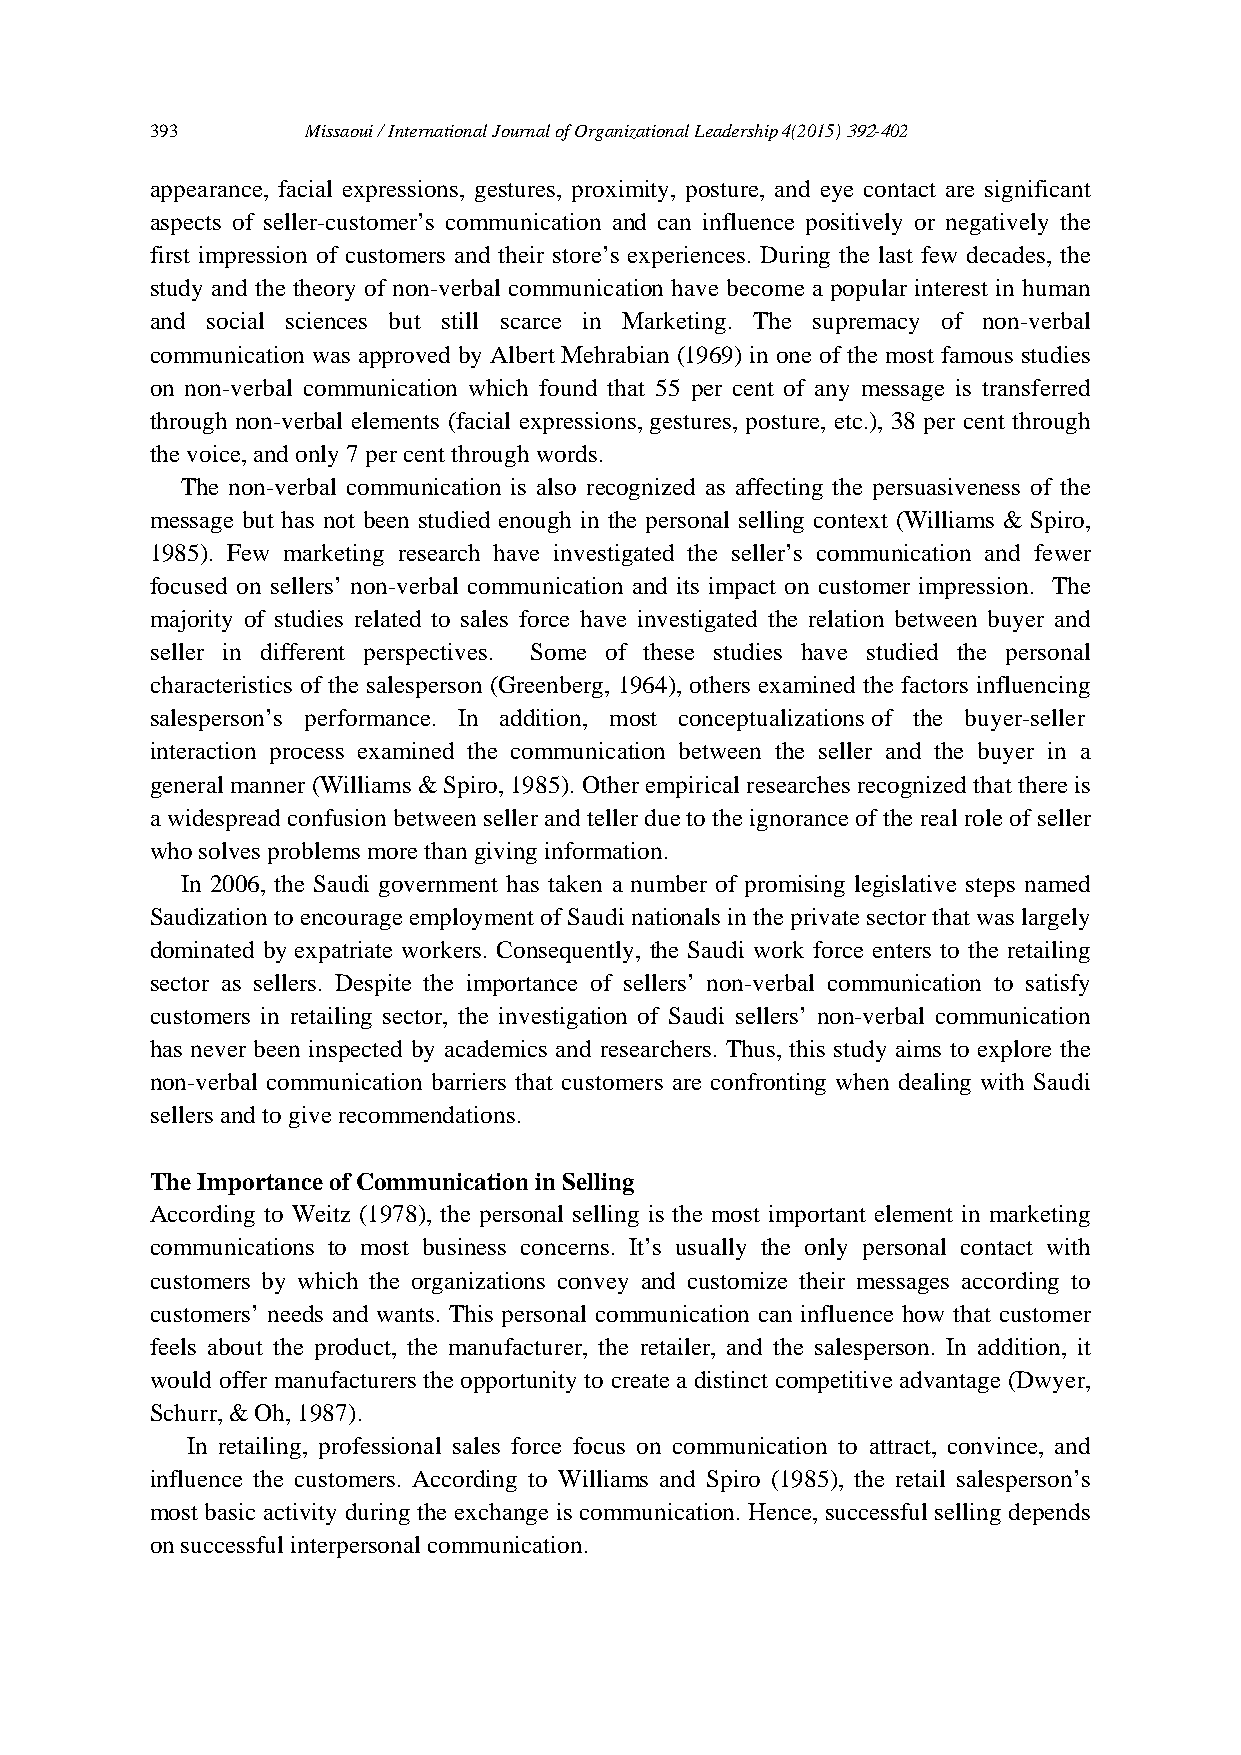
393       Missaoui / International Journal of Organizational Leadership 4(2015) 392-402
 appearance, facial expressions, gestures, proximity, posture, and eye contact are significant
 aspects of seller-customer’s communication and can influence positively or negatively the
 first impression of customers and their store’s experiences. During the last few decades, the
 study and the theory of non-verbal communication have become a popular interest in human
 and social sciences but still scarce in Marketing. The supremacy of non-verbal
 communication was approved by Albert Mehrabian (1969) in one of the most famous studies
 on non-verbal communication which found that 55 per cent of any message is transferred
 through non-verbal elements (facial expressions, gestures, posture, etc.), 38 per cent through
 the voice, and only 7 per cent through words.
 The non-verbal communication is also recognized as affecting the persuasiveness of the
 message but has not been studied enough in the personal selling context (Williams & Spiro,
 1985). Few marketing research have investigated the seller’s communication and fewer
 focused on sellers’ non-verbal communication and its impact on customer impression. The
 majority of studies related to sales force have investigated the relation between buyer and
 seller in different perspectives. Some of these studies have studied the personal
 characteristics of the salesperson (Greenberg, 1964), others examined the factors influencing
 salesperson’s performance. In addition, most conceptualizations of the buyer-seller
 interaction process examined the communication between the seller and the buyer in a
 general manner (Williams & Spiro, 1985). Other empirical researches recognized that there is
 a widespread confusion between seller and teller due to the ignorance of the real role of seller
 who solves problems more than giving information.
 In 2006, the Saudi government has taken a number of promising legislative steps named
 Saudization to encourage employment of Saudi nationals in the private sector that was largely
 dominated by expatriate workers. Consequently, the Saudi work force enters to the retailing
 sector as sellers. Despite the importance of sellers’ non-verbal communication to satisfy
 customers in retailing sector, the investigation of Saudi sellers’ non-verbal communication
 has never been inspected by academics and researchers. Thus, this study aims to explore the
 non-verbal communication barriers that customers are confronting when dealing with Saudi
 sellers and to give recommendations.
 The Importance of Communication in Selling
 According to Weitz (1978), the personal selling is the most important element in marketing
 communications to most business concerns. It’s usually the only personal contact with
 customers by which the organizations convey and customize their messages according to
 customers’ needs and wants. This personal communication can influence how that customer
 feels about the product, the manufacturer, the retailer, and the salesperson. In addition, it
 would offer manufacturers the opportunity to create a distinct competitive advantage (Dwyer,
 Schurr, & Oh, 1987).
 In retailing, professional sales force focus on communication to attract, convince, and
 influence the customers. According to Williams and Spiro (1985), the retail salesperson’s
 most basic activity during the exchange is communication. Hence, successful selling depends
 on successful interpersonal communication.